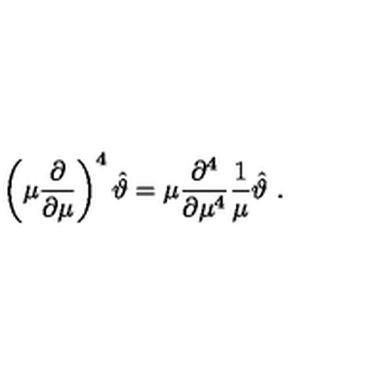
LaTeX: \left( \mu \frac { \partial } { \partial \mu } \right) ^ { 4 } \hat { \vartheta } = \mu \frac { \partial ^ { 4 } } { \partial \mu ^ { 4 } } \frac { 1 } { \mu } \hat { \vartheta } \ .